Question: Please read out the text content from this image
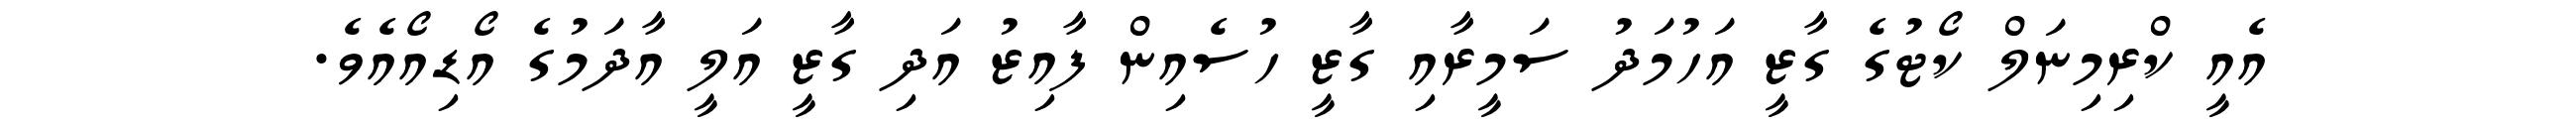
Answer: އެއީ ކްރިމިނަލް ކޯޓުގެ ގާޒީ އަހުމަދު ސަމީރާއި ގާޒީ ހުސެއިން ފާއިޒު އަދި ގާޒީ އަލީ އާދަމުގެ އޯޑިއޯއެވެ.